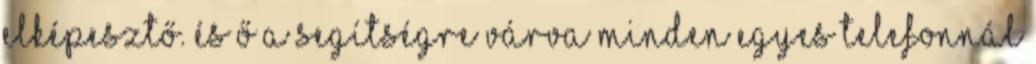
Elképesztő. És ő a segítségre várva minden egyes telefonnál